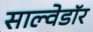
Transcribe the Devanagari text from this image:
साल्वेडॉर